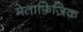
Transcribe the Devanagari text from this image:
मेताफ़िज़िक